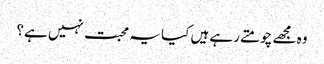
وہ مجھے چومتے رہے ہیں کیا یہ محبت نہیں ہے؟